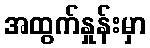
အထွက်နှုန်းမှာ